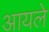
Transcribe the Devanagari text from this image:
आयले